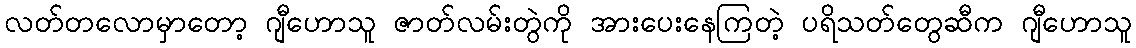
လတ်တလောမှာတော့ ဂျီဟောသူ ဇာတ်လမ်းတွဲကို အားပေးနေကြတဲ့ ပရိသတ်တွေဆီက ဂျီဟောသူ